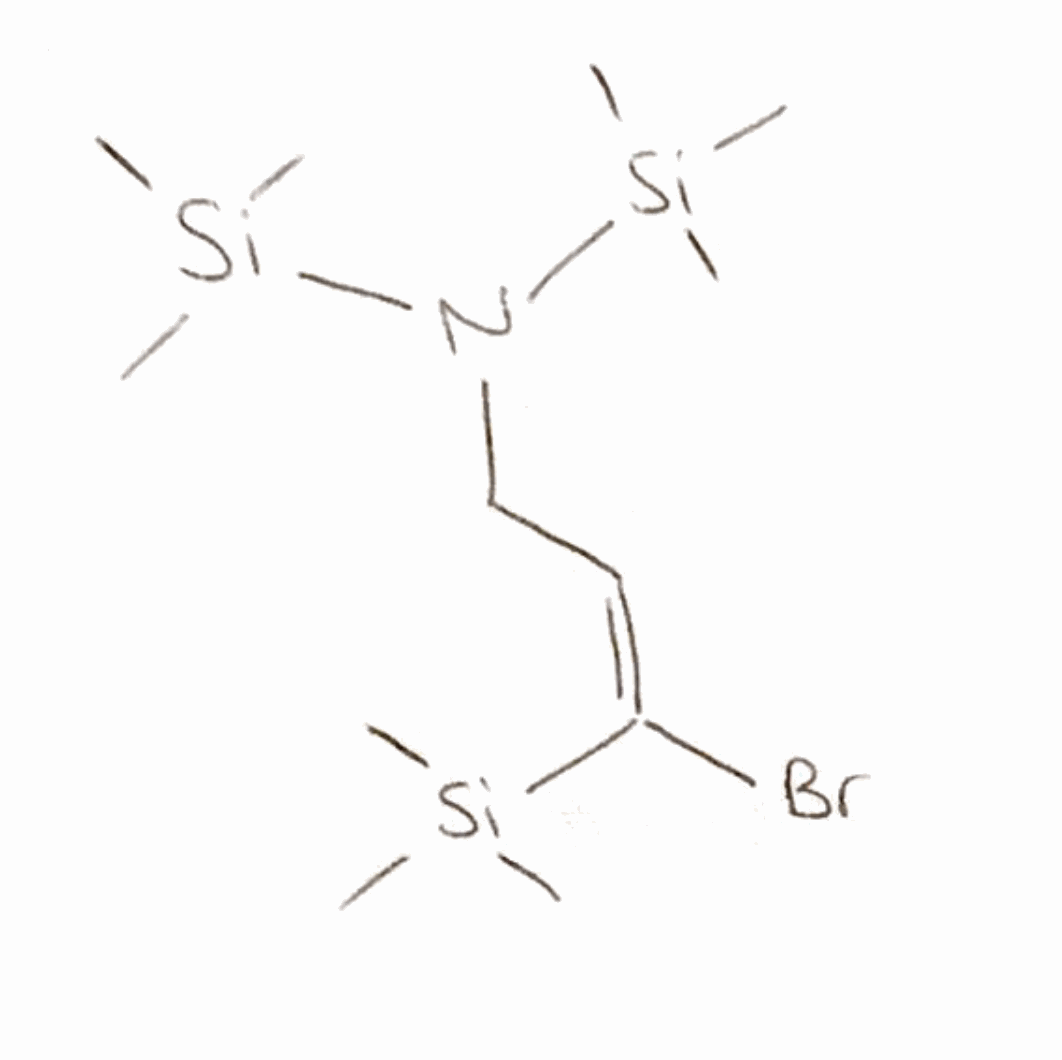
Simplified molecular-input line-entry system (SMILES) notation of the given molecule:
C[Si](C)(C)/C(=C\CN([Si](C)(C)C)[Si](C)(C)C)/Br